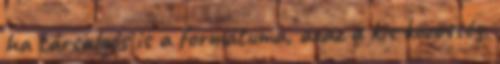
ha társalgós is a formátuma, azaz a kis közösség,